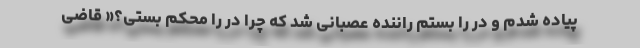
پیاده شدم و در را بستم راننده عصبانی شد که چرا در را محکم بستی؟« قاضی